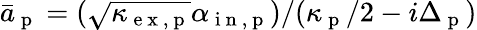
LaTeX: \bar{a}_{\mathrm{~p~}}=(\sqrt{\kappa_{\mathrm{~e~x~,~p~}}}\alpha_{\mathrm{~i~n~,~p~}})/(\kappa_{\mathrm{~p~}}/2-i\Delta_{\mathrm{~p~}})